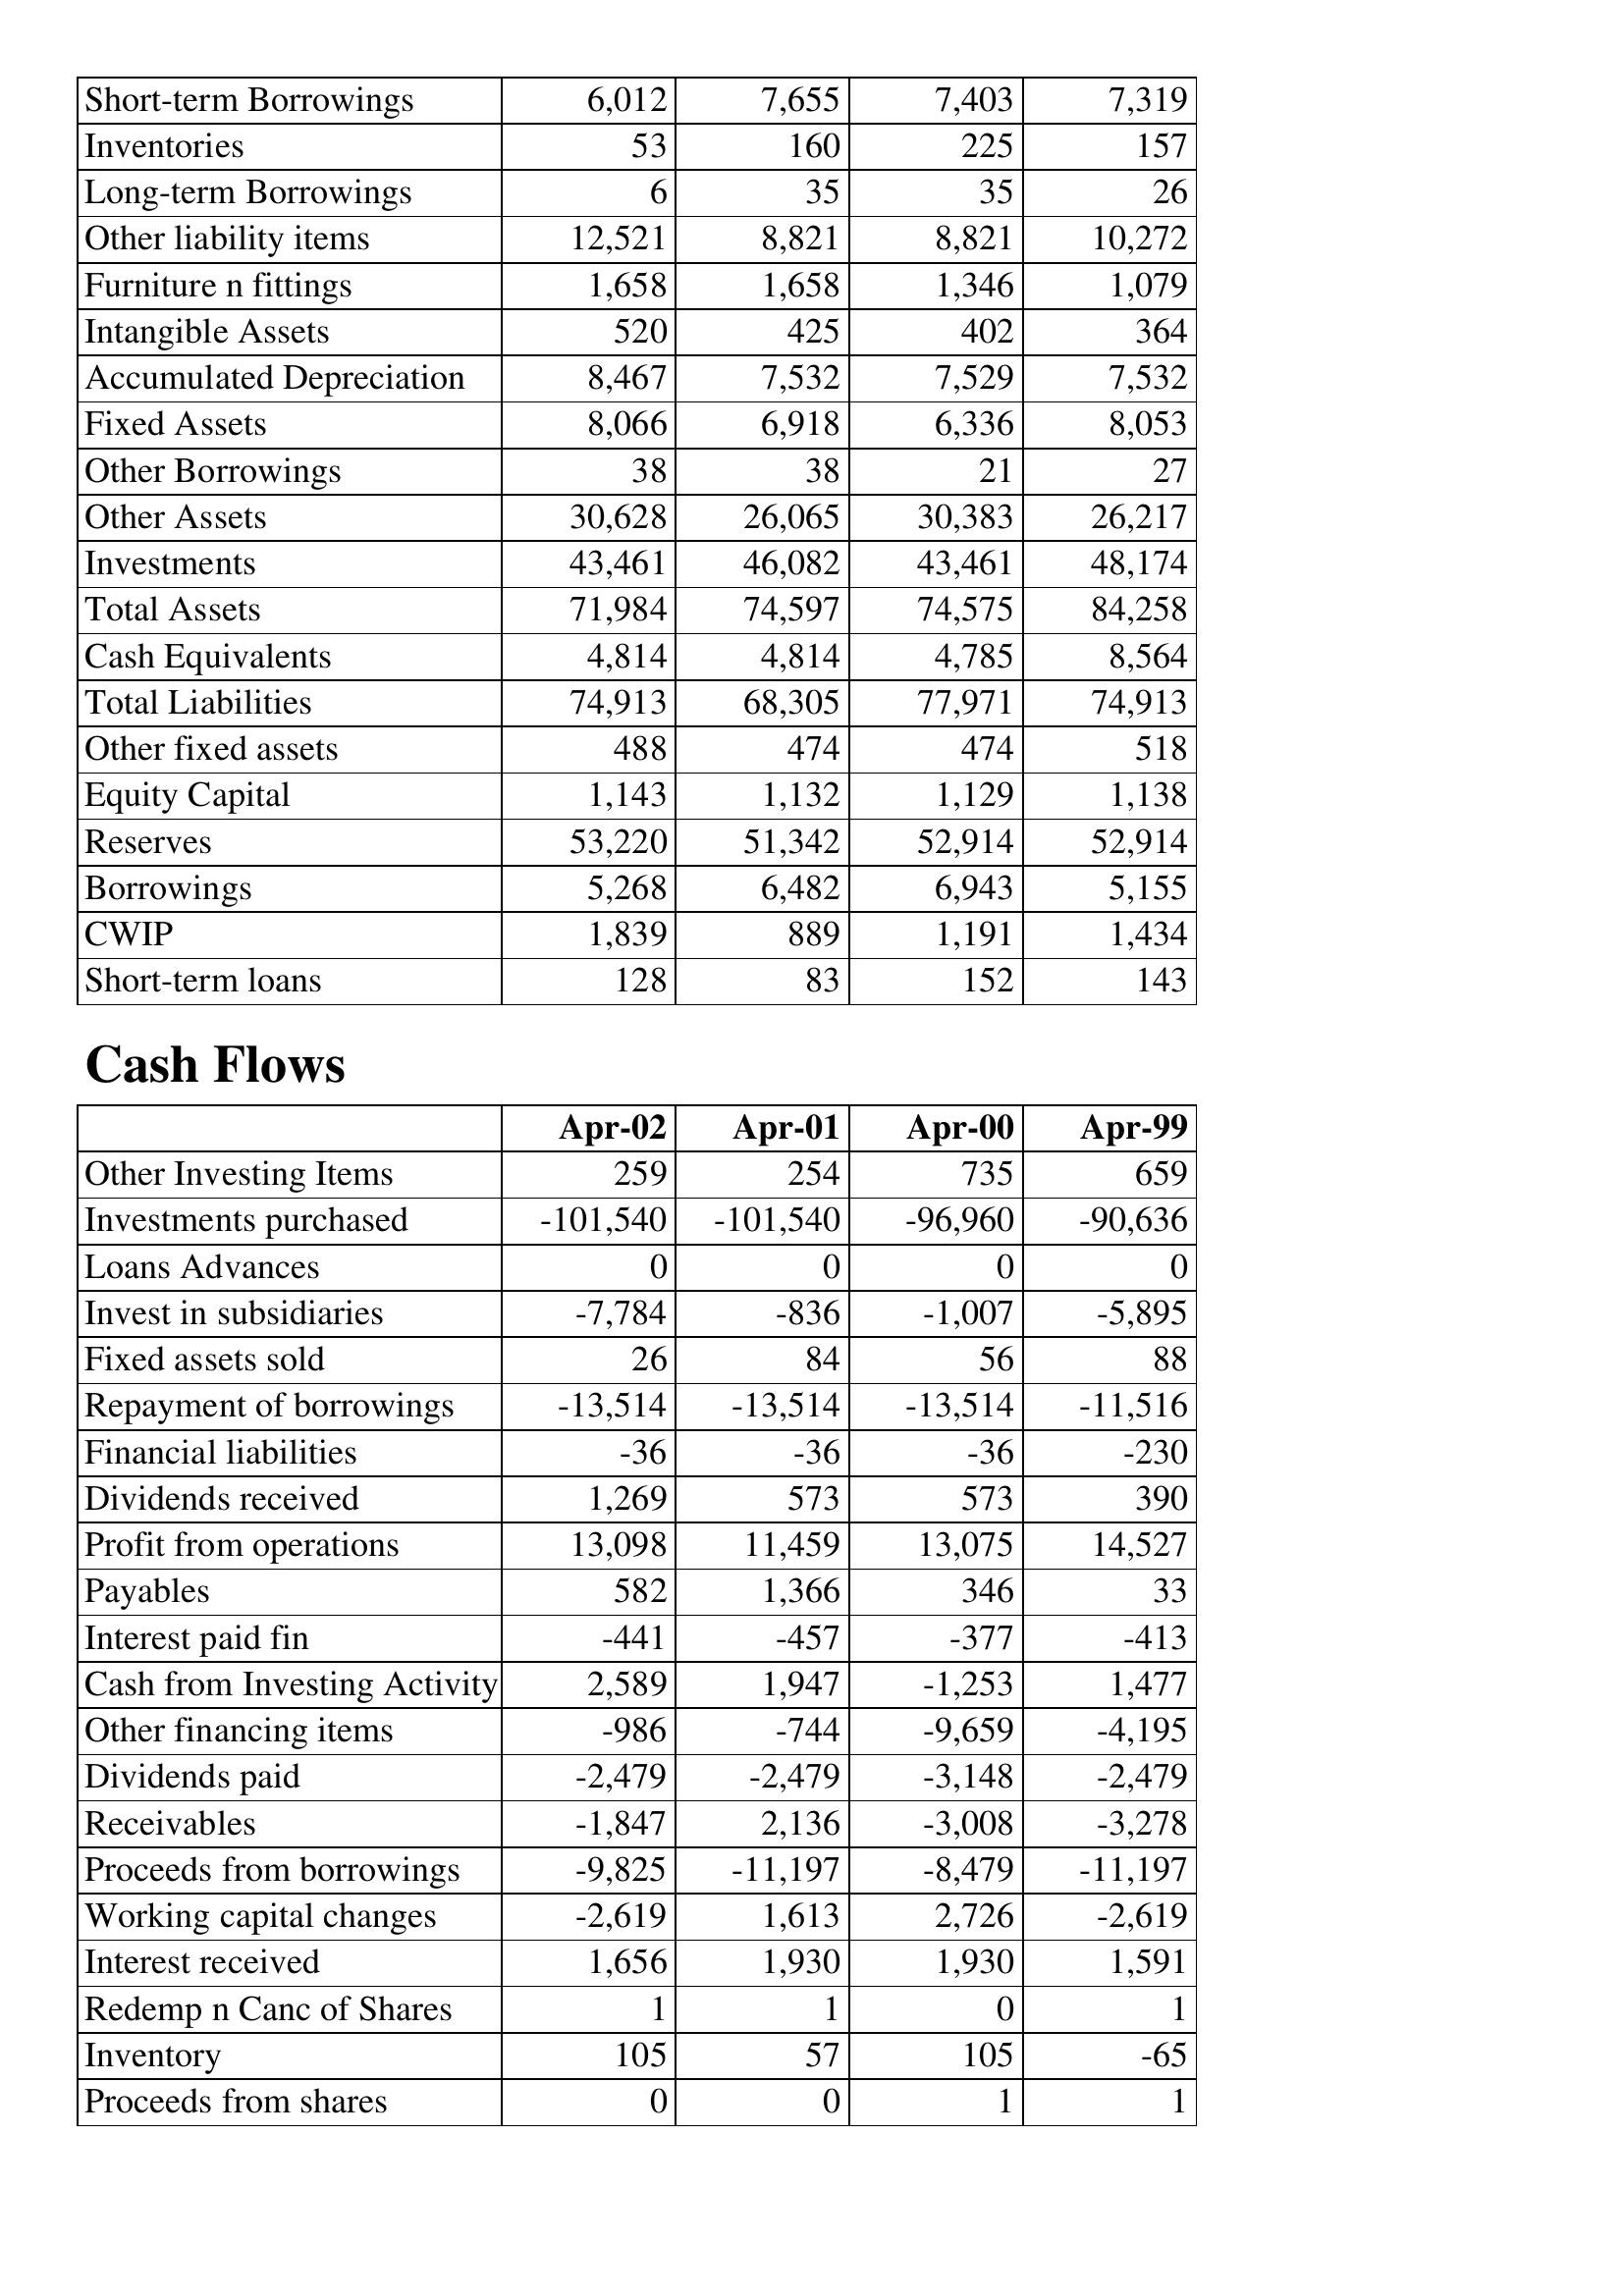
Apr-02: Balance Sheet: Short-term Borrowings: 6,012
Inventories: 53
Long-term Borrowings: 6
Other liability items: 12,521
Furniture n fittings: 1,658
Intangible Assets: 520
Accumulated Depreciation: 8,467
Fixed Assets: 8,066
Other Borrowings: 38
Other Assets: 30,628
Investments: 43,461
Total Assets: 71,984
Cash Equivalents: 4,814
Total Liabilities: 74,913
Other fixed assets: 488
Equity Capital: 1,143
Reserves: 53,220
Borrowings: 5,268
CWIP: 1,839
Short-term loans: 128
Cash Flows: Other Investing Items: 259
Investments purchased: -101,540
Loans Advances: 0
Invest in subsidiaries: -7,784
Fixed assets sold: 26
Repayment of borrowings: -13,514
Financial liabilities: -36
Dividends received: 1,269
Profit from operations: 13,098
Payables: 582
Interest paid fin: -441
Cash from Investing Activity: 2,589
Other financing items: -986
Dividends paid: -2,479
Receivables: -1,847
Proceeds from borrowings: -9,825
Working capital changes: -2,619
Interest received: 1,656
Redemp n Canc of Shares: 1
Inventory: 105
Proceeds from shares: 0
Apr-01: Balance Sheet: Short-term Borrowings: 7,655
Inventories: 160
Long-term Borrowings: 35
Other liability items: 8,821
Furniture n fittings: 1,658
Intangible Assets: 425
Accumulated Depreciation: 7,532
Fixed Assets: 6,918
Other Borrowings: 38
Other Assets: 26,065
Investments: 46,082
Total Assets: 74,597
Cash Equivalents: 4,814
Total Liabilities: 68,305
Other fixed assets: 474
Equity Capital: 1,132
Reserves: 51,342
Borrowings: 6,482
CWIP: 889
Short-term loans: 83
Cash Flows: Other Investing Items: 254
Investments purchased: -101,540
Loans Advances: 0
Invest in subsidiaries: -836
Fixed assets sold: 84
Repayment of borrowings: -13,514
Financial liabilities: -36
Dividends received: 573
Profit from operations: 11,459
Payables: 1,366
Interest paid fin: -457
Cash from Investing Activity: 1,947
Other financing items: -744
Dividends paid: -2,479
Receivables: 2,136
Proceeds from borrowings: -11,197
Working capital changes: 1,613
Interest received: 1,930
Redemp n Canc of Shares: 1
Inventory: 57
Proceeds from shares: 0
Apr-00: Balance Sheet: Short-term Borrowings: 7,403
Inventories: 225
Long-term Borrowings: 35
Other liability items: 8,821
Furniture n fittings: 1,346
Intangible Assets: 402
Accumulated Depreciation: 7,529
Fixed Assets: 6,336
Other Borrowings: 21
Other Assets: 30,383
Investments: 43,461
Total Assets: 74,575
Cash Equivalents: 4,785
Total Liabilities: 77,971
Other fixed assets: 474
Equity Capital: 1,129
Reserves: 52,914
Borrowings: 6,943
CWIP: 1,191
Short-term loans: 152
Cash Flows: Other Investing Items: 735
Investments purchased: -96,960
Loans Advances: 0
Invest in subsidiaries: -1,007
Fixed assets sold: 56
Repayment of borrowings: -13,514
Financial liabilities: -36
Dividends received: 573
Profit from operations: 13,075
Payables: 346
Interest paid fin: -377
Cash from Investing Activity: -1,253
Other financing items: -9,659
Dividends paid: -3,148
Receivables: -3,008
Proceeds from borrowings: -8,479
Working capital changes: 2,726
Interest received: 1,930
Redemp n Canc of Shares: 0
Inventory: 105
Proceeds from shares: 1
Apr-99: Balance Sheet: Short-term Borrowings: 7,319
Inventories: 157
Long-term Borrowings: 26
Other liability items: 10,272
Furniture n fittings: 1,079
Intangible Assets: 364
Accumulated Depreciation: 7,532
Fixed Assets: 8,053
Other Borrowings: 27
Other Assets: 26,217
Investments: 48,174
Total Assets: 84,258
Cash Equivalents: 8,564
Total Liabilities: 74,913
Other fixed assets: 518
Equity Capital: 1,138
Reserves: 52,914
Borrowings: 5,155
CWIP: 1,434
Short-term loans: 143
Cash Flows: Other Investing Items: 659
Investments purchased: -90,636
Loans Advances: 0
Invest in subsidiaries: -5,895
Fixed assets sold: 88
Repayment of borrowings: -11,516
Financial liabilities: -230
Dividends received: 390
Profit from operations: 14,527
Payables: 33
Interest paid fin: -413
Cash from Investing Activity: 1,477
Other financing items: -4,195
Dividends paid: -2,479
Receivables: -3,278
Proceeds from borrowings: -11,197
Working capital changes: -2,619
Interest received: 1,591
Redemp n Canc of Shares: 1
Inventory: -65
Proceeds from shares: 1